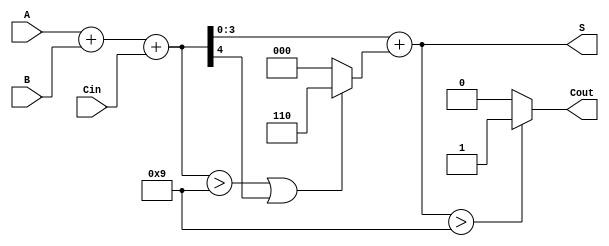
module BCD_Conditional_Adder (
    input  wire [3:0] A,    // First BCD digit
    input  wire [3:0] B,    // Second BCD digit
    input  wire Cin,         // Carry input
    output wire [3:0] S,     // BCD sum output
    output wire Cout         // Carry output
);

    wire [4:0] sum;          // Intermediate 5-bit sum
    wire correction;          // Correction signal

    // Binary addition of A, B, and Cin
    assign sum = A + B + Cin;

    // Determine if correction is needed (sum > 9 or carry generated)
    assign correction = (sum > 9) || sum[4];

    // BCD corrected sum
    assign S = sum + (correction ? 4'b0110 : 4'b0000); // Add 6 for correction if needed

    // Determine carry out
    assign Cout = (S > 9) ? 1'b1 : 1'b0;

endmodule